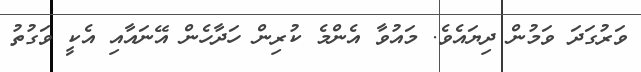
ވަރުގަދަ ވަމުން ދިޔައެވެ. މައުވާ އެންމެ ކުރިން ހަދާހެން އޭނައާއި އެކީ ވަގުތު